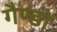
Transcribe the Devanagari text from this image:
गैण्डों